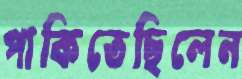
পাকিতেছিলেন